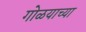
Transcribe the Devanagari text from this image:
गोळयाच्या